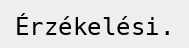
Érzékelési.